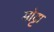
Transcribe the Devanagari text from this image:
मोट्टा